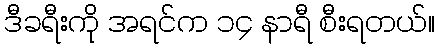
ဒီခရီးကို အရင်က ၁၄ နာရီ စီးရတယ်။